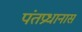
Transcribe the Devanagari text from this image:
पंतप्रधानास